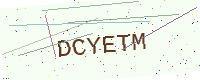
Text: DCYETM